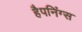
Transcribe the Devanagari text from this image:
हैपनिंग्स